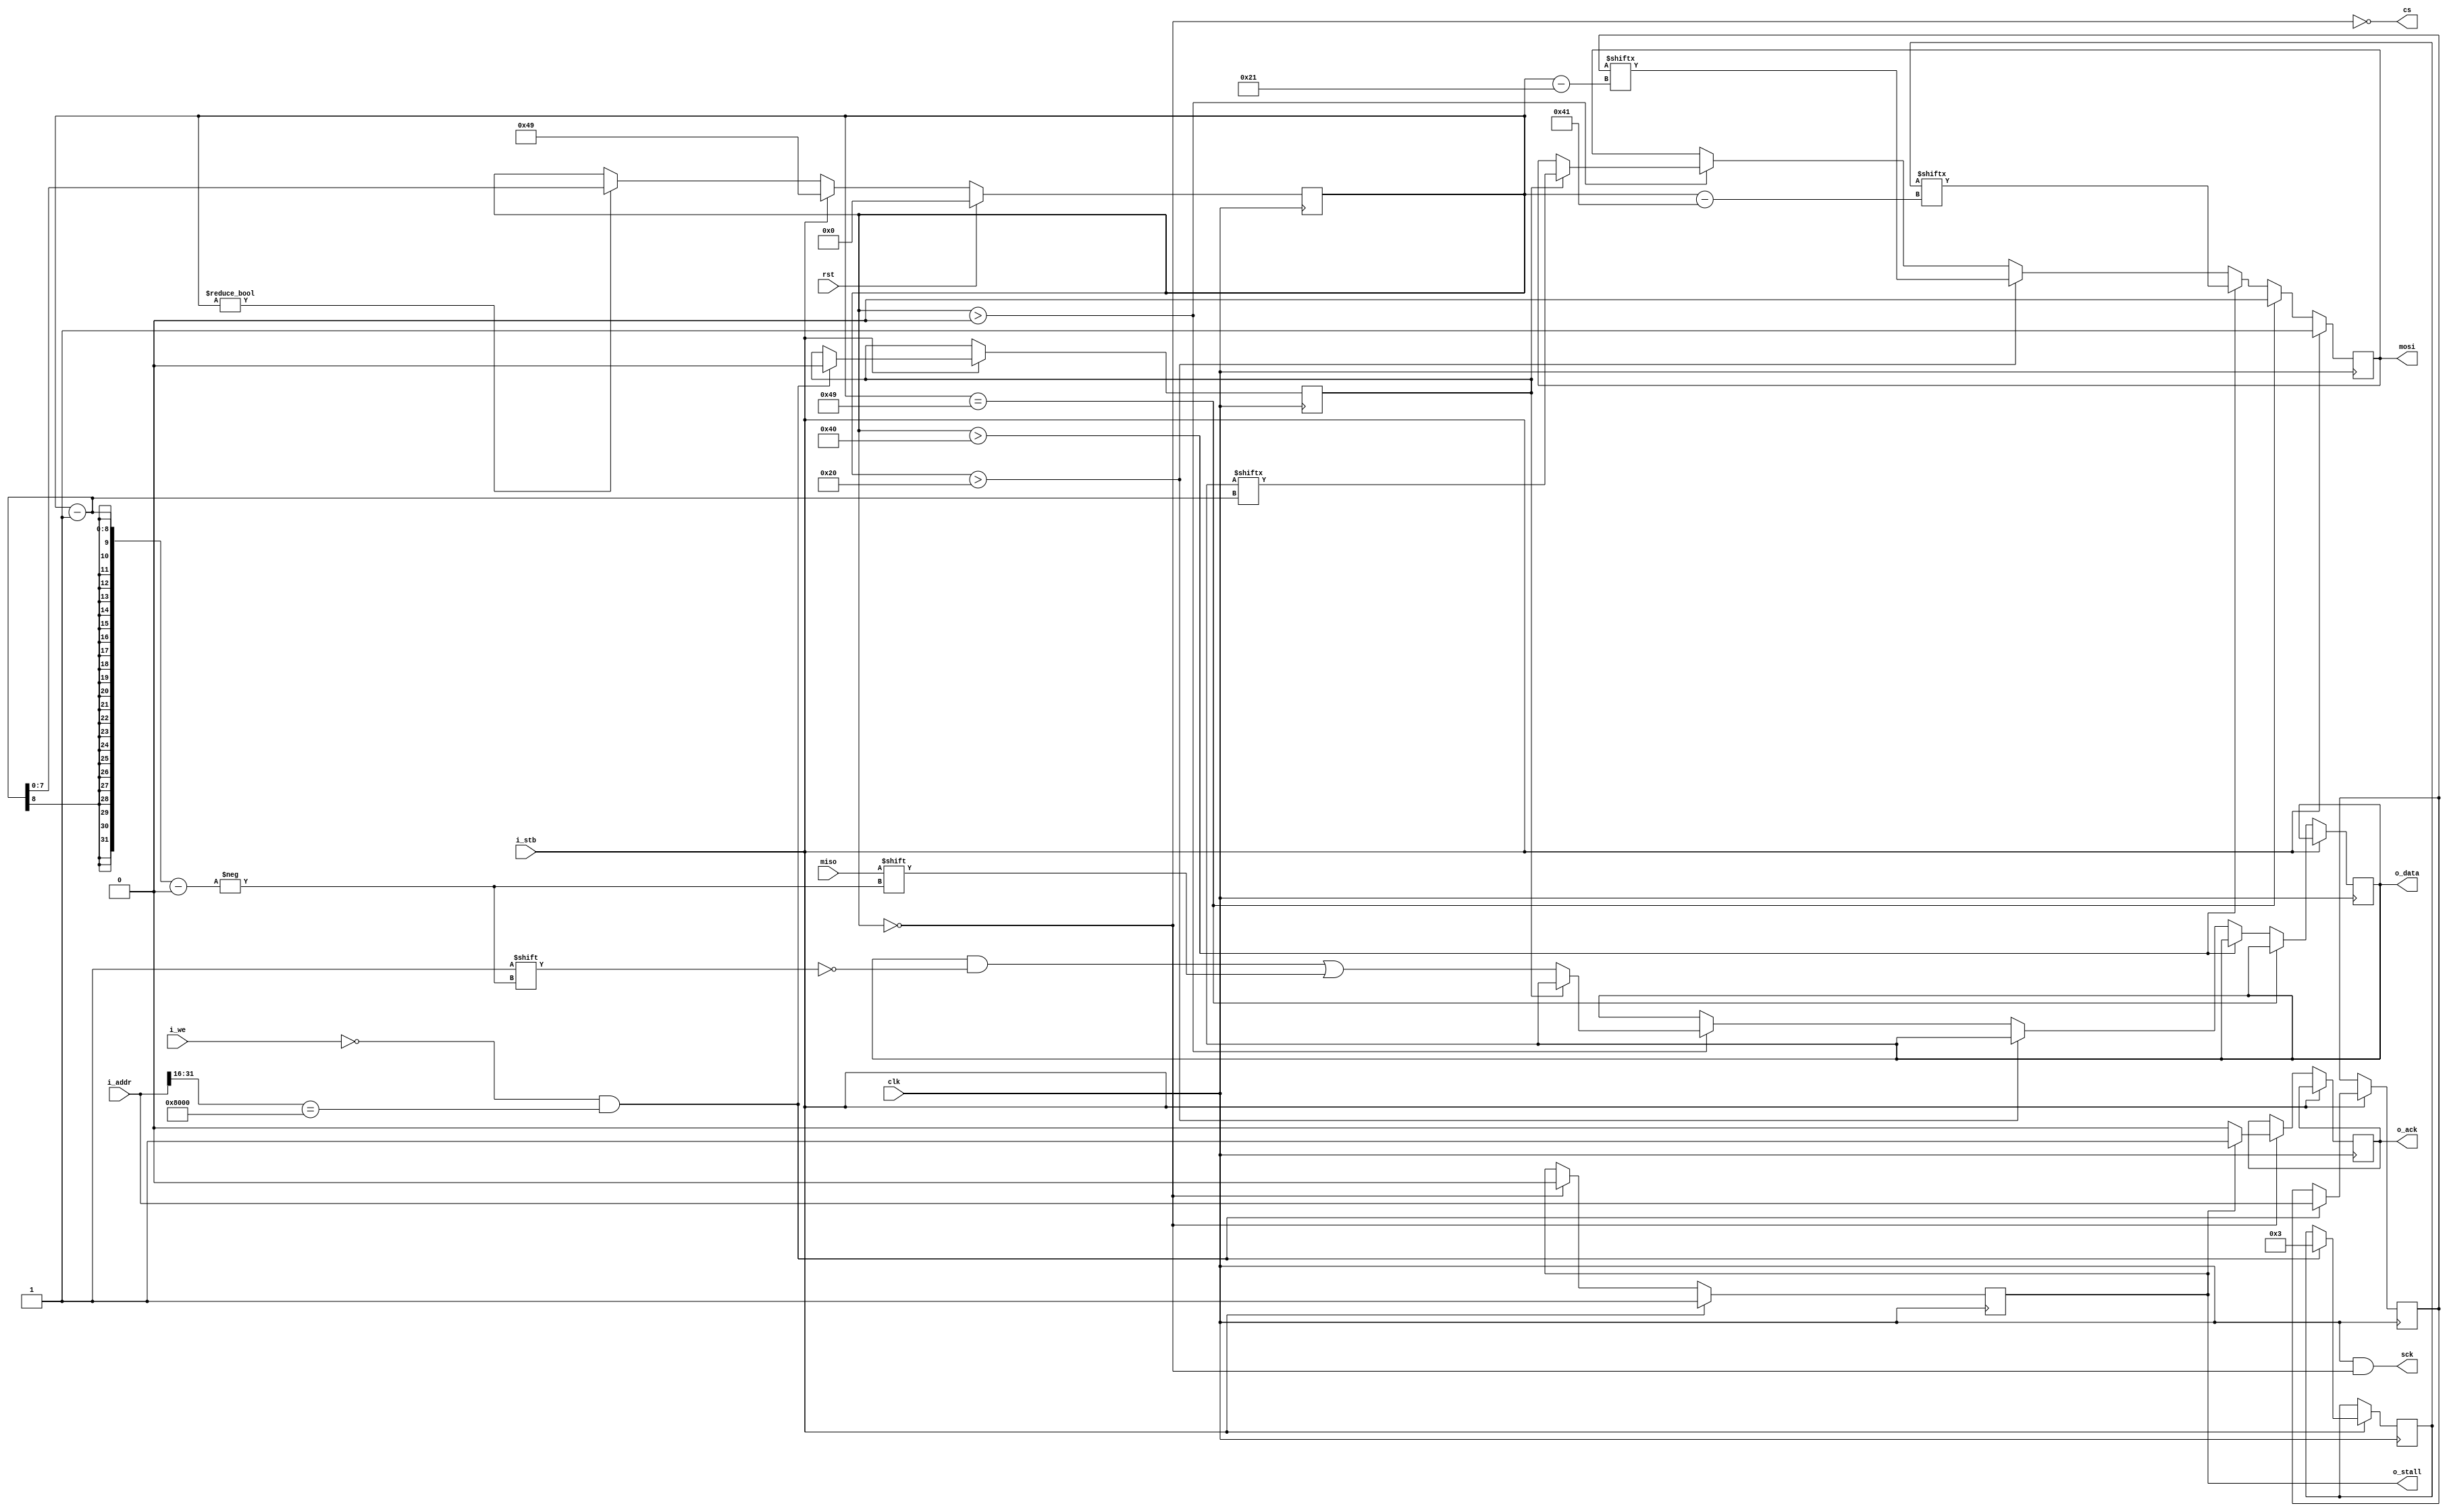
module spi (
	//clk and rst
	rst,
	clk,
	//WB bus
	i_stb,
	i_addr,
	i_we,
	o_data,
	o_ack,
	o_stall,
	//SPI
	cs,
	sck,
	mosi,
	miso
);
//clock and reset
input wire clk;
input wire rst;
//WB bus
input wire i_stb;
input wire [31:0] i_addr;
input wire i_we;
output reg [31:0] o_data;
output reg o_ack;
output reg o_stall;
//SPI
output wire cs;
output wire sck;
output reg mosi;
input wire miso;
//Internal
reg [7:0] ctr;
reg [7:0] cmd;
reg [31:0] addr;

reg isw;
//Assigns
//TODO: split cmd reg into sections to avoid errors
assign sck = clk & !cs;
assign addrhit = i_addr[31:16] == 16'h8000; //address is intended for module
assign cs = !(ctr == 0);

//drives: ctr
always @(posedge clk) begin
	if(rst) begin
		ctr <= 0;
	end
	else if(i_stb) begin
			ctr <= 8'd73; //8 + 32 + 32 + 1
	end
	else if (ctr != 0) begin
		ctr <= ctr - 1;
	end
end
//drives: mosi, lower cmd reg
always @(posedge clk) begin

	if(i_stb) begin
		if((!i_we)& addrhit) begin
			addr <= i_addr;
			cmd <= 8'h03;
			isw = 0;
		end
		mosi <= 1;
	end
	else if(ctr == 73) begin	 
		mosi <= 0;
	end
	else if(ctr > 64) begin
		mosi <= cmd[ctr-65]; 
	end
	else if(ctr > 32) begin

		mosi <= addr[ctr-33];
	end
	else if (ctr > 0) begin 
		if(isw) begin
			mosi <= o_data[ctr-1]; 
		end
		else begin 
			o_data[ctr-1] <= miso;
		end
	end
end
//drives: o_stall, o_ack
always @(posedge clk) begin
	if(i_stb) begin
		o_stall <= 1;
	end
	else if((ctr == 0)) begin
		if(o_stall) begin
			o_stall <= 0;
			o_ack <= 1;
		end
	       	else begin
			o_ack <= 0;
		end
	end
	
end
endmodule